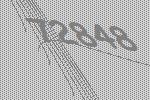
72848